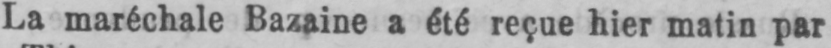
La maréchale Bazaine a été reçue hier matin par